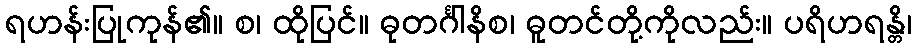
ရဟန်းပြုကုန်၏။ စ၊ ထိုပြင်။ ဓုတင်္ဂါနိစ၊ ဓူတင်တို့ကိုလည်း။ ပရိဟရန္တိ၊